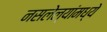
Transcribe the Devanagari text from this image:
नसलेल्यांमध्ये